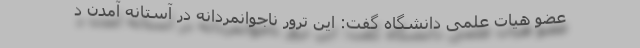
عضو هیات علمی دانشگاه گفت: این ترور ناجوانمردانه در آستانه آمدن د